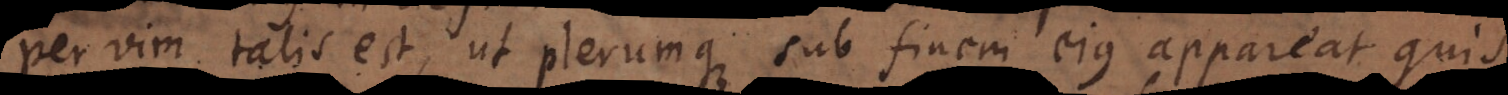
per vim talis est, ut plerumque sub finem ejus appareat quis